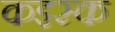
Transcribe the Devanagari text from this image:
कइस्क